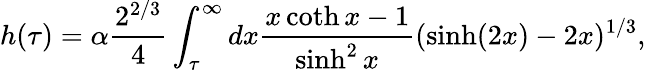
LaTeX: h(\tau)=\alpha\frac{2^{2/3}}{4}\int_{\tau}^{\infty}dx\frac{x\coth x-1}{\sinh^{2}x}(\sinh(2x)-2x)^{1/3},